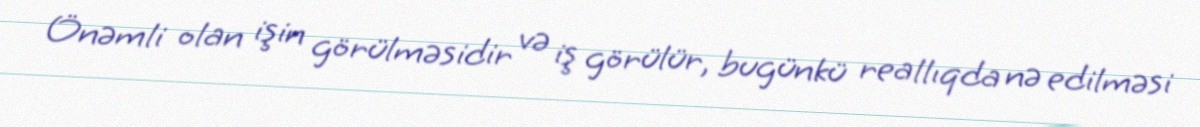
Önəmli olan işin görülməsidir və iş görülür, bugünkü reallıqda nə edilməsi